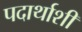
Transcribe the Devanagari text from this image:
पदार्थाशी